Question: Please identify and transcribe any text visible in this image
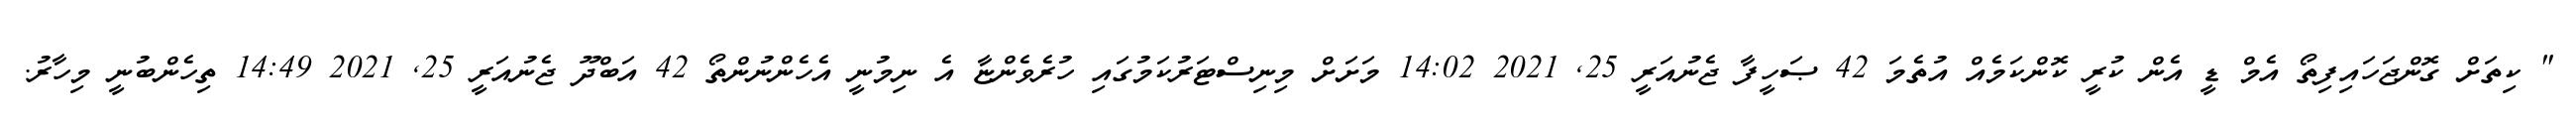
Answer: " ކިތަށް ގޮންޖަހައިފިތޯ އެމް ޑީ އެން ކުރީ ކޮންކަމެއް އުތެމަ 42 ޞަހީފާ ޖެނުއަރީ 25, 2021 14:02 މަށަށް މިނިސްޓަރުކަމުގައި ހުރެވެންޏާ އެ ނިމުނީ އެހެންނުންތޯ 42 އަބްދޫ ޖެނުއަރީ 25, 2021 14:49 ތިހެންބުނީ މިހާރު.